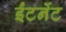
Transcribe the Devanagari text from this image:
ईंटर्नेट